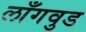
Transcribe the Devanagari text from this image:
लाँगवुड